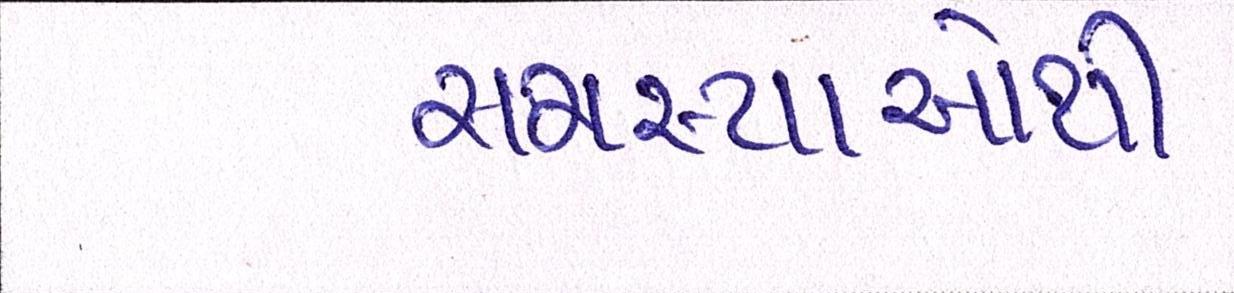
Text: સમસ્યાઓથી